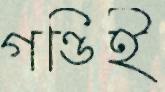
গণ্ডিই